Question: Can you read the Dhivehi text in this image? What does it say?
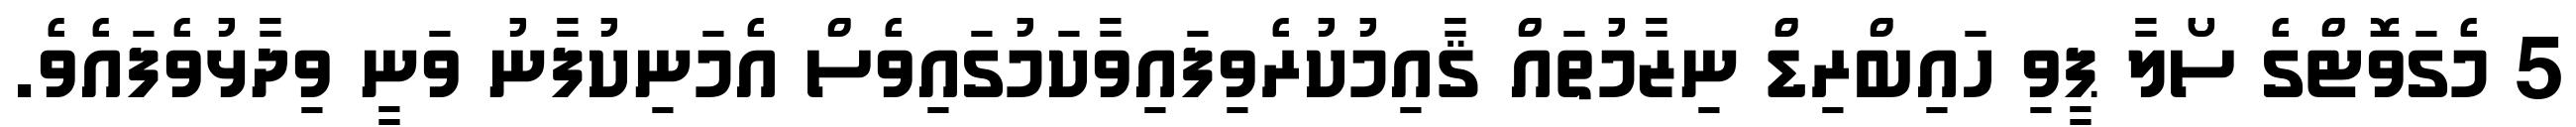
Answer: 5 މެގަވޮޓްގެ ސޯލާ ޕީވި ހައިބްރިޑް ނިޒާމުތައް ޤާއިމުކުރެވިފައިވާކަމުގައިވެސް އެމަނިކުފާނު ވަނީ ވިދާޅުވެފައެވެ.